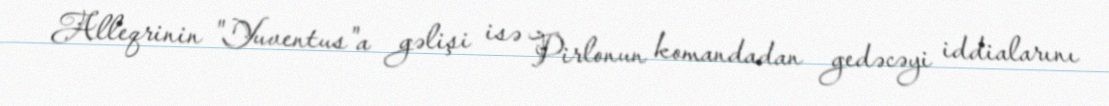
Alleqrinin "Yuventus"a gəlişi isə Pirlonun komandadan gedəcəyi iddialarını